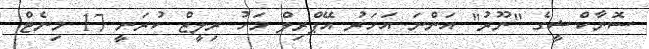
ސޮނާކްޝީގެ "ނޫރު" އަންނަ އަހަރު އޭޕްރިލް މަހު ރިލީޒް ކުރަނީ 17 މިނެޓް